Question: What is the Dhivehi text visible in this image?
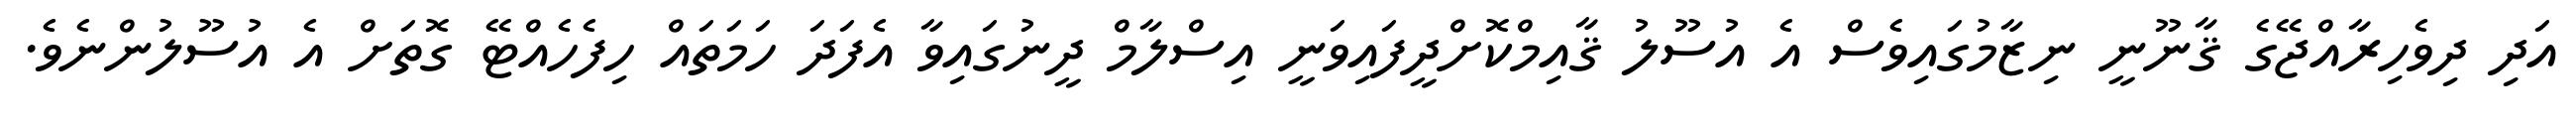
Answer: އަދި ދިވެހިރާއްޖޭގެ ޤާނޫނީ ނިޒާމުގައިވެސް އެ އުސޫލު ޤާއިމްކޮށްދީފައިވަނީ އިސްލާމް ދީނުގައިވާ އެފަދަ ހަމަތައް ހިފެހެއްޓޭ ގޮތަށް އެ އުސޫލުންނެވެ.